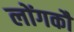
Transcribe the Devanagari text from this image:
लोंगकौ